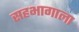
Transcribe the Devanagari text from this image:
सहभागाला